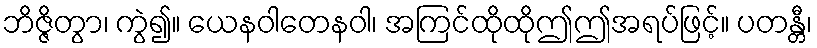
ဘိဇ္ဇိတွာ၊ ကွဲ၍။ ယေနဝါတေနဝါ၊ အကြင်ထိုထိုဤဤအရပ်ဖြင့်။ ပတန္တီ၊